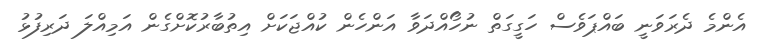
އެންމެ ދެރަވަނީ ބައްޕަވެސް ހަގީގަތް ނުހޯއްދަވާ އަންހެން ކުއްޖަކަށް އިތުބާރުކޮށްގެން އަމިއްލަ ދަރިފުޅު